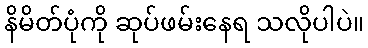
နိမိတ်ပုံကို ဆုပ်ဖမ်းနေရ သလိုပါပဲ။